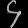
Digit: ၄